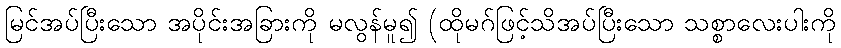
မြင်အပ်ပြီးသော အပိုင်းအခြားကို မလွန်မူ၍ (ထိုမဂ်ဖြင့်သိအပ်ပြီးသော သစ္စာလေးပါးကို